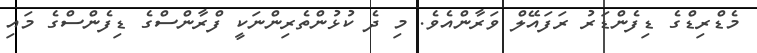
މެޑްރިޑްގެ ޑިފެންޑަރު ރަފައޭލް ވަރާންއެވެ. މި ދެ ކުޅުންތެރިންނަކީ ފްރާންސްގެ ޑިފެންސްގެ މައި